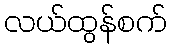
လယ်ထွန်စက်